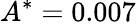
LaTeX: A^{*}=0.007